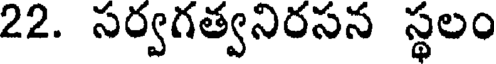
22. సర్వగత్వనిరసన స్థలం